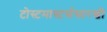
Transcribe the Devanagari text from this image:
टोस्टमास्टर्ससारखी